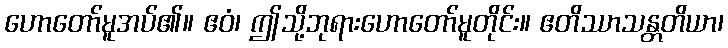
ဟောတော်မူအပ်၏။ ဧဝံ၊ ဤသို့ဘုရားဟောတော်မူတိုင်း။ ဧတိဿာသန္တတိယာ၊